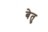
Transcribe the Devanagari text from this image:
बेतु